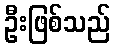
ဦးဖြစ်သည်